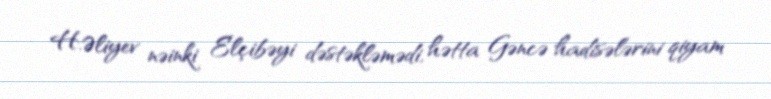
H.Əliyev nəinki Elçibəyi dəstəkləmədi, hətta Gəncə hadisələrini qiyam